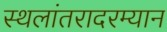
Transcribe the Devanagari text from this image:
स्थलांतरादरम्यान